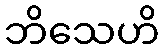
ဘိသေဟိ